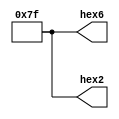
module hexturnoff (hex6, hex2);
	output [0:6] hex6;
	output [0:6] hex2;
	assign hex6 = 7'b1111111;
	assign hex2 = 7'b1111111;
endmodule